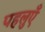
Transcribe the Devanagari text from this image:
पहलुएँ